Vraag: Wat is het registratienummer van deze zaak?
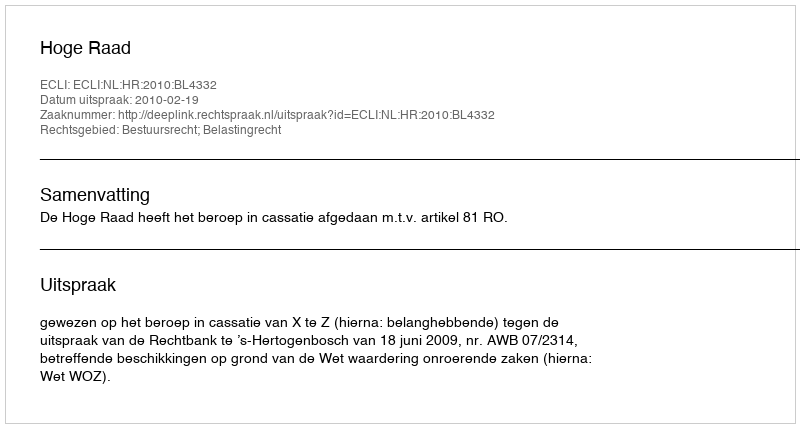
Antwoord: http://deeplink.rechtspraak.nl/uitspraak?id=ECLI:NL:HR:2010:BL4332